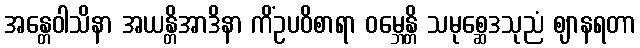
အန္တေဝါသိနာ အယန္တိအာဒိနာ ကိံဥပဝိစာရာ ဝမ္ဘေန္တိ သမုစ္ဆေဒသုညံ ဈာနရတာ